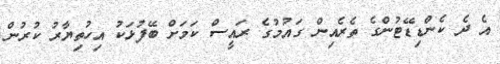
އެ ދެ ކެންޑިޑޭޓުންގެ ތެރެއިން ގައުމުގެ ރައީސް ކަމަށް ބޭފުޅަކު އިހުތިޔާރު ކުރުން